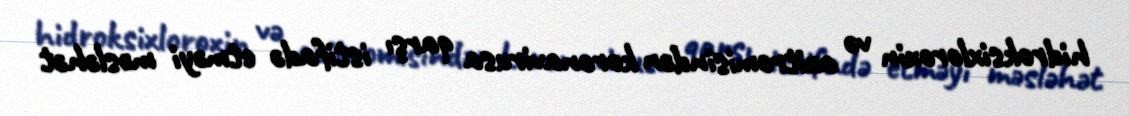
hidroksixloroxin və azitromisindən koronavirusa qarşı istifadə etməyi məsləhət